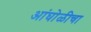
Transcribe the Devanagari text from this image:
आंघोळीचा